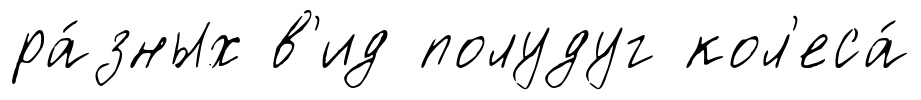
ра́зных в'ид полудуг кол'еса́